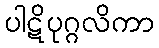
ပါဋိပုဂ္ဂလိကာ